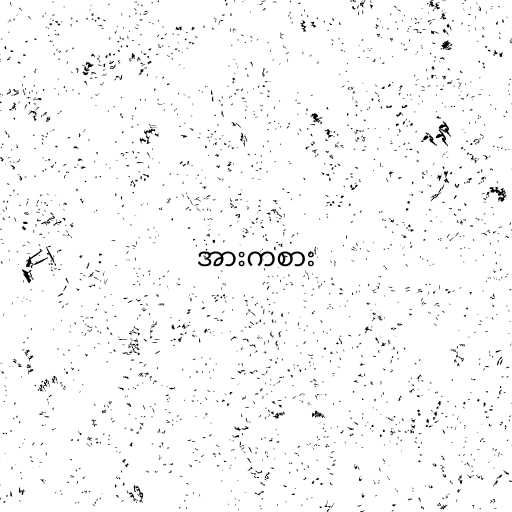
အားကစား